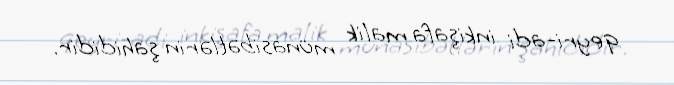
qeyri-adi inkişafa malik münasibətlərin şahididir.